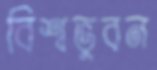
বিশ্বভুবন